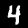
Label: 4